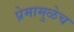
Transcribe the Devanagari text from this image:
प्रेमामुळेच